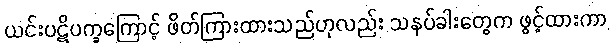
ယင်းပဋိပက္ခကြောင့် ဖိတ်ကြားထားသည်ဟုလည်း သနပ်ခါးတွေက ဖွင့်ထားကာ